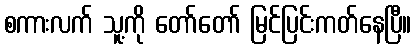
စကားလက် သူ့ကို တော်တော် မြင်ပြင်းကတ်နေပြီ။